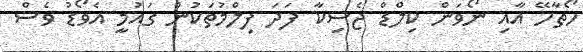
ހޯތާހޭ އާއި ނޯވަން ކިލްޑް ޖެސިކާ ފަދަ ފިލްމުތަކުން ގައުމީ އެވޯޑު ވެސް